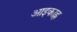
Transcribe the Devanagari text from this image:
आइकाह्न